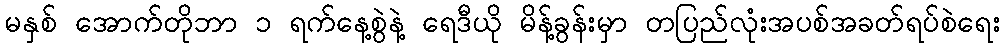
မနှစ် အောက်တိုဘာ ၁ ရက်နေ့စွဲနဲ့ ရေဒီယို မိန့်ခွန်းမှာ တပြည်လုံးအပစ်အခတ်ရပ်စဲရေး